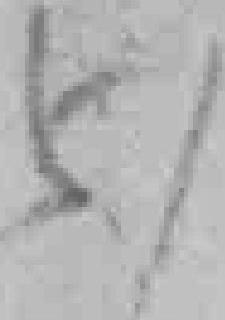
51